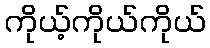
ကိုယ့်ကိုယ်ကိုယ်